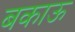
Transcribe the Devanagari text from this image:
बकाऊ